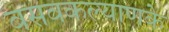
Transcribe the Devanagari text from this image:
बसवकल्याणके